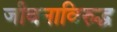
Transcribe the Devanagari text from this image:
जीवनाविरुद्ध